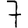
Digit: 7